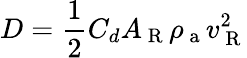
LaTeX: D=\frac{1}{2}C_{d}A_{\mathrm{~R~}}\rho_{\mathrm{~a~}}v_{\mathrm{~R~}}^{2}